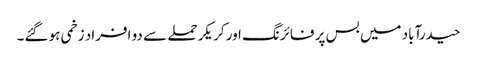
حیدرآباد میں بس پر فائرنگ اور کریکر حملے سے دو افراد زخمی ہو گئے۔